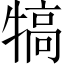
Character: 犒